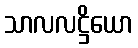
သာလလဋ္ဌိယော